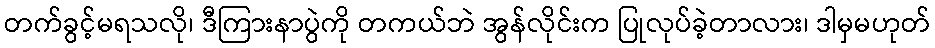
တက်ခွင့်မရသလို၊ ဒီကြားနာပွဲကို တကယ်ဘဲ အွန်လိုင်းက ပြုလုပ်ခဲ့တာလား၊ ဒါမှမဟုတ်